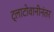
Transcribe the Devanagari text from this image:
ट्लाटोवानीनंतर